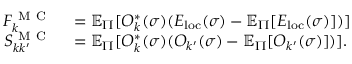
\begin{array} { r l } { F _ { k } ^ { \mathrm { ~ M ~ C ~ } } } & { { } = \mathbb { E } _ { \Pi } [ O _ { k } ^ { * } ( \sigma ) ( E _ { \mathrm { l o c } } ( \sigma ) - \mathbb { E } _ { \Pi } [ E _ { \mathrm { l o c } } ( \sigma ) ] ) ] } \\ { S _ { k k ^ { \prime } } ^ { \mathrm { ~ M ~ C ~ } } } & { { } = \mathbb { E } _ { \Pi } [ O _ { k } ^ { * } ( \sigma ) ( O _ { k ^ { \prime } } ( \sigma ) - \mathbb { E } _ { \Pi } [ O _ { k ^ { \prime } } ( \sigma ) ] ) ] . } \end{array}